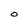
Character: 0